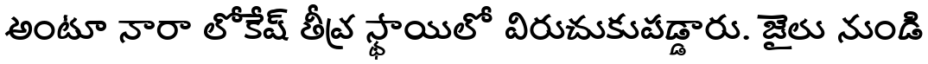
అంటూ నారా లోకేష్ తీవ్ర స్థాయిలో విరుచుకుపడ్డారు. జైలు నుండి